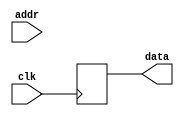
module rom #(
        parameter   DATA_WIDTH = 16,
        parameter   ADDR_WIDTH = 8          // 2 * 1024 bytes of ROM
    )(
        input  wire                  clk,
        input  wire [ADDR_WIDTH-1:0] addr,  // here comes the program counter
        output  reg [DATA_WIDTH-1:0] data   // here goes the instruction
    );

    reg [DATA_WIDTH-1:0] value;

    always @* begin
        case (addr)
            // TODO 4: Adaugati codul aici.
        endcase
    end

    always @(negedge clk) begin
        data <= value;
    end

endmodule